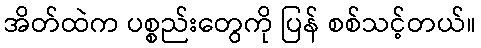
အိတ်ထဲက ပစ္စည်းတွေကို ပြန် စစ်သင့်တယ်။